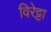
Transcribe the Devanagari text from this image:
विरेट्टा